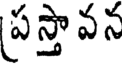
ప్రస్తావన